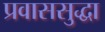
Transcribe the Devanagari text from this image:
प्रवाससुद्धा